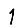
Digit: 1